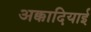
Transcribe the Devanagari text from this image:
अक्कादियाई